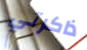
ذاكرتي